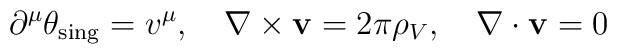
\partial^{\mu}\theta_{\rm sing} = v^{\mu},\ \ \  \nabla\times{\bf v} =2\pi\rho_V, \ \ \ \nabla\cdot{\bf v}=0